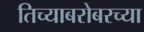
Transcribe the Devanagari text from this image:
तिच्याबरोबरच्या